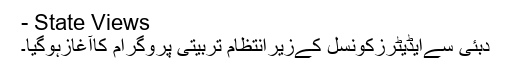
- State Views
دبئی سےایڈیٹرزکونسل کےزیرانتظام تربیتی پروگرام کاآغازہوگیا۔